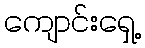
ကျောင်းရှေ့